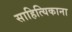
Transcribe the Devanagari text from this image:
साहित्यिकाना